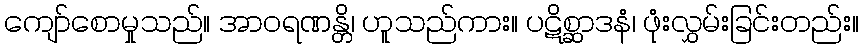
ကျော်စောမှုသည်။ အာဝရဏန္တိ၊ ဟူသည်ကား။ ပဋိစ္ဆာဒနံ၊ ဖုံးလွှမ်းခြင်းတည်း။